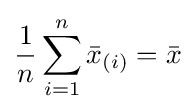
{\frac {1}{n}}\sum _{i=1}^{n}{\bar {x}}_{(i)}={\bar {x}}